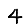
Digit: 4